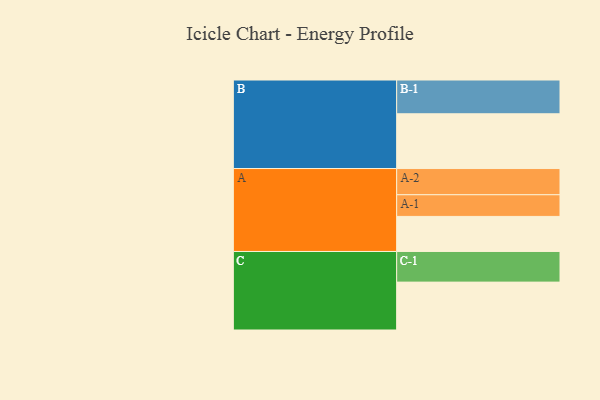
{"axis": {"x": "Segment", "y": "Value"}, "legend": ["", "A", "B", "C"], "data": [{"x": "A", "y": 301, "type": ""}, {"x": "B", "y": 470, "type": ""}, {"x": "C", "y": 411, "type": ""}, {"x": "A-1", "y": 186, "type": "A"}, {"x": "A-2", "y": 225, "type": "A"}, {"x": "B-1", "y": 290, "type": "B"}, {"x": "C-1", "y": 263, "type": "C"}]}